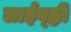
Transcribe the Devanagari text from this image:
लाईव्ह्ली